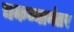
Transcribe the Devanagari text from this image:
चकव्यानंतर